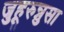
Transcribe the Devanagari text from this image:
जुहूरुन्नुसा